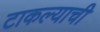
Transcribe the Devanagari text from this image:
टाकल्याची